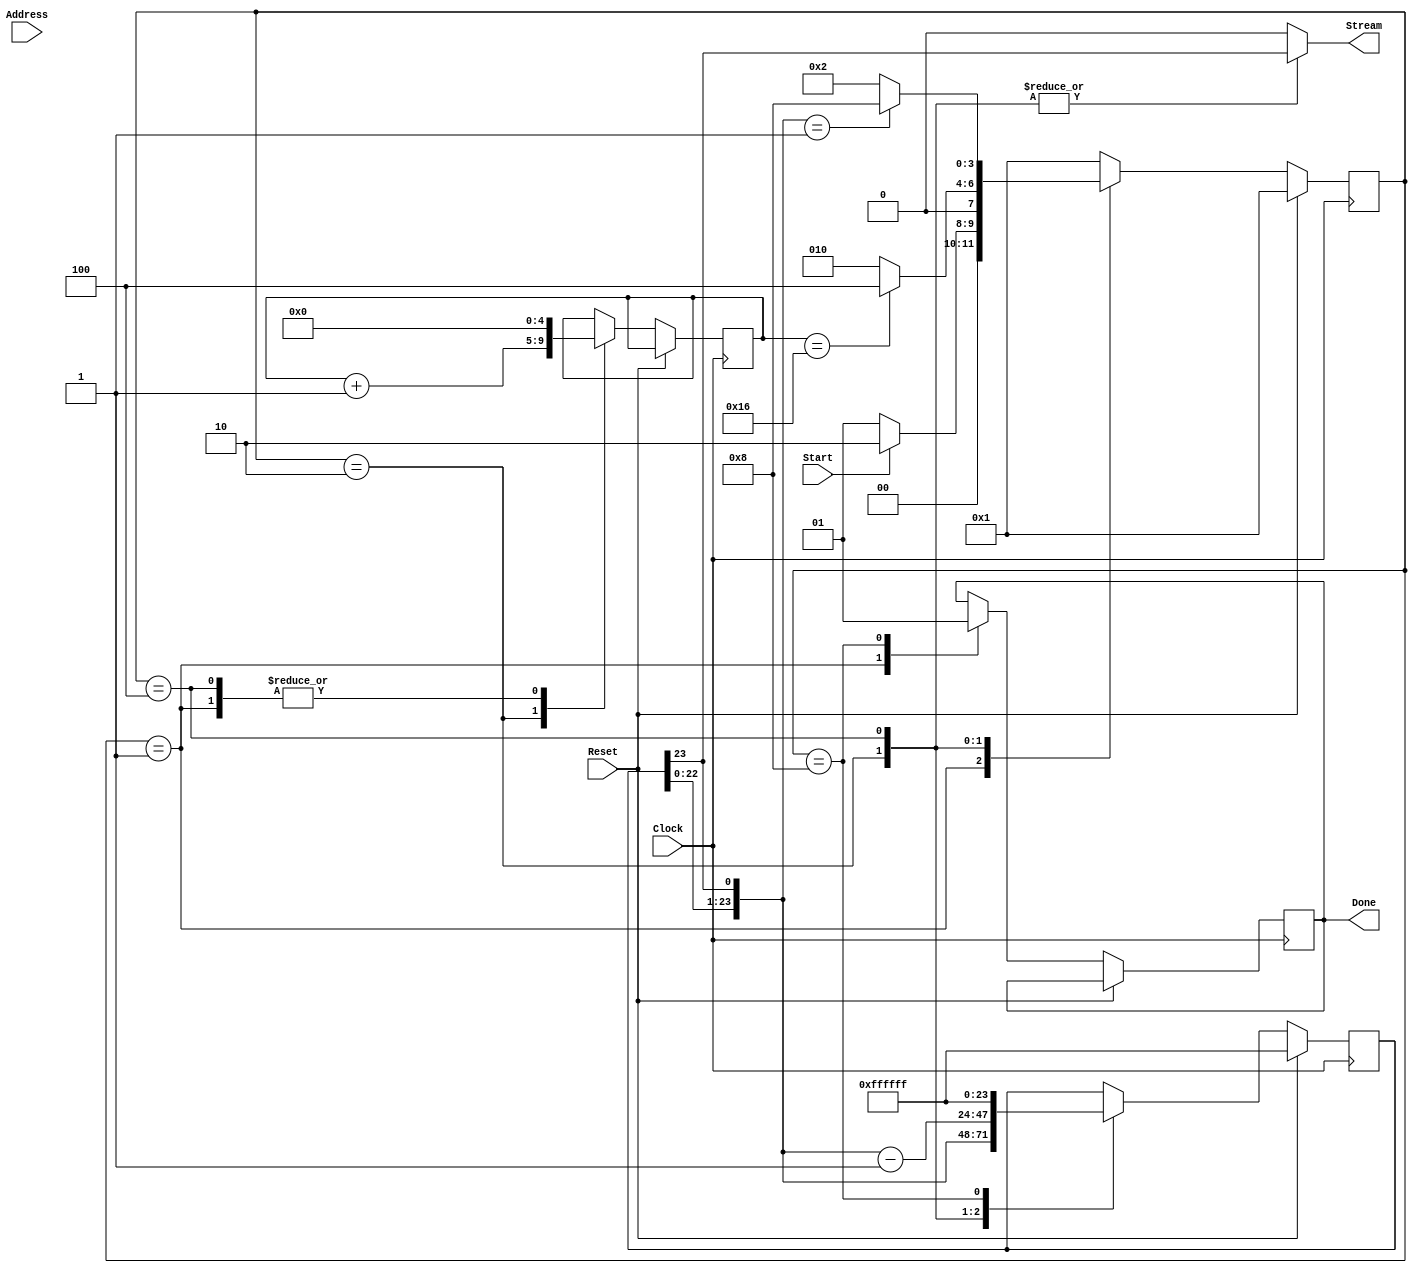
module genTestStream(Done,Stream,Start,Clock,Reset,Address);
//Produce a test stream to send to the event builder to test the data transmission lines.
//R. Johnson    April 4, 2014

input Clock;
input Reset;
input Start;		//Goes high for one clock cycle to start data streaming
input [3:0] Address;
output Stream;		//Serial output stream
output Done;		//1-clock signal when complete

reg Done, Stream;
reg [23:0] Word;

parameter [3:0] Wait=4'b0001;	//Wait for a start signal
parameter [3:0] Shft=4'b0010;	//Shift out the bits
parameter [3:0] Coun=4'b0100;	//Decrement the test word
parameter [3:0] Quit=4'b1000;	//End of the test

reg [3:0] State, NextState;
reg [4:0] CntBits;

always @ (State or Start or CntBits or Word) begin
	case (State)
		Wait:	begin
					if (Start) NextState = Shft;
					else NextState = Wait;
					Stream = 1'b0;
				end
		Shft:	begin
					if (CntBits == 22) NextState = Coun;
					else NextState = Shft;
					Stream = Word[23];
				end
		Coun:	begin	
					if ({Word[22:0],Word[23]} == 1) begin
						NextState = Quit;
					end else begin
						NextState = Shft;
					end
					Stream = Word[23];
				end
		Quit:	begin	
					NextState = Wait;
					Stream = 1'b0;
				end
		default:	begin
						NextState = Wait;
						Stream = 1'b0;
					end
	endcase
end

always @ (posedge Clock) begin
	if (Reset) begin
		State <= Wait;
		Word <= 24'hffffff;
	end else begin
		State <= NextState;
//		if (State != Wait) $display("%g\t getTestStream %d: State=%b, CntBits=%d, Word=%b, Stream=%b, Done=%b",$time,Address,State,CntBits,Word,Stream,Done);
		case (State)
			Wait:	begin
						CntBits <= 0;
						Done <= 1'b0;
					end
			Shft:	begin
						CntBits <= CntBits + 1;
						Word <= {Word[22:0],Word[23]};
					end
			Coun:	begin	
						Word <= {Word[22:0],Word[23]} - 1;
						CntBits <= 0;						
					end
			Quit:	begin
						Word <= 24'hffffff;
						Done <= 1'b1;
					end
		endcase
	end
end

endmodule